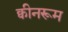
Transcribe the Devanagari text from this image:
क्वीनरूम